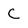
Character: C